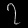
Digit: ၇